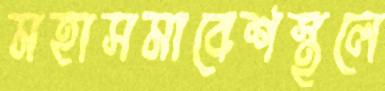
মহাসমাবেশস্থলে